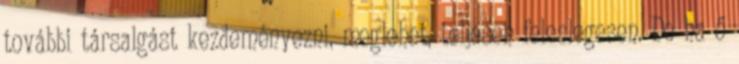
további társalgást kezdeményezni, meglehet, teljesen feleslegesen. De ha ő